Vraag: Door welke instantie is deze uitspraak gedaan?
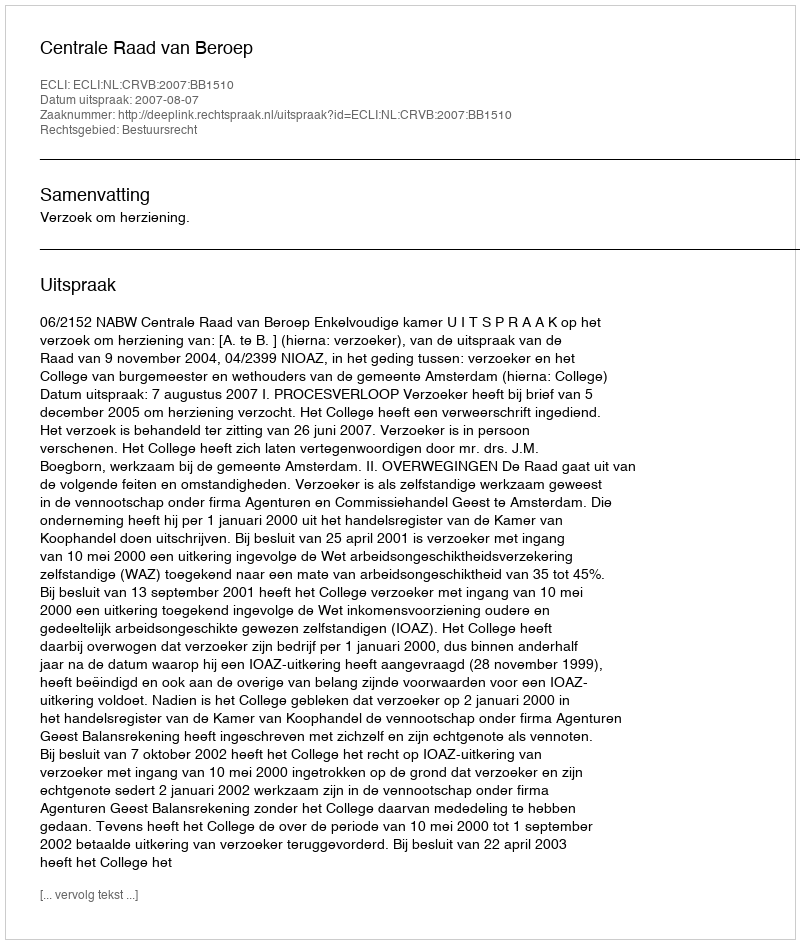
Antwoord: Centrale Raad van Beroep